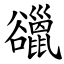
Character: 䜲